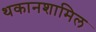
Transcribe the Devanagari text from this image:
थकानशामिल